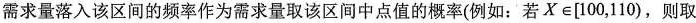
需求量落入该区间的频率作为需求量取该区间中点值的概率(例如：若X e[100，110)，则取